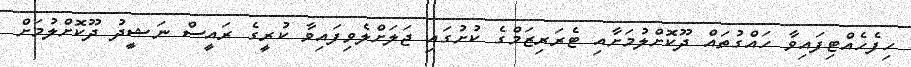
ހިފެހެއްޓިފައިވާ ހައްގުތައް ދޫކޮށްލުމަށާއި ޓެރަރިޒަމްގެ ކުށުގައި ޖަލަށްލެވިފައިވާ ކުރީގެ ރައީސް ނަޝީދު ދޫކޮށްލުމަށް